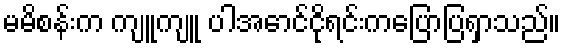
မမိစန်းက ကျူကျူ ပါအောင်ငိုရင်းကပြောပြရှာသည်။